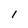
Character: l